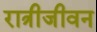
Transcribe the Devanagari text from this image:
रात्रीजीवन